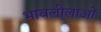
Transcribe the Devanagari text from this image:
भावलीलाओं